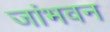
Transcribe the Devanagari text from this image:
जांभवन